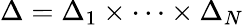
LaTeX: \Delta=\Delta_{1}\times\cdots\times\Delta_{N}